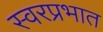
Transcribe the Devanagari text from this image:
स्वरप्रभात